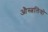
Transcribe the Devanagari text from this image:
औस्त्रलियो